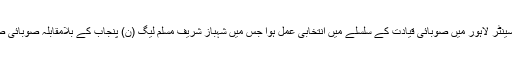
اس سے قبل ایکسپو سینٹر لاہور میں صوبائی قیادت کے سلسلے میں انتخابی عمل ہوا جس میں شہباز شریف مسلم لیگ (ن) پنجاب کے بلامقابلہ صوبائی صدر منتخب ہوگئے ۔